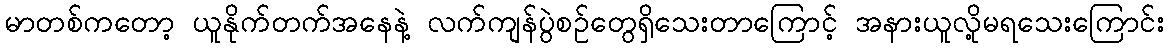
မာတစ်ကတော့ ယူနိုက်တက်အနေနဲ့ လက်ကျန်ပွဲစဉ်တွေရှိသေးတာကြောင့် အနားယူလို့မရသေးကြောင်း